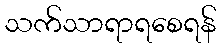
သက်သာရာရစေရန်